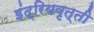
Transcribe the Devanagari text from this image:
इंद्रियवृत्ती